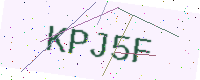
Text: KPJ5F